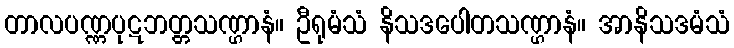
တာလပဏ္ဏပုဋဘတ္တသဏ္ဌာနံ။ ဦရုမံသံ နိသဒပေါတသဏ္ဌာနံ။ အာနိသဒမံသံ